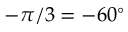
- \pi / 3 = - 6 0 ^ { \circ }